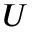
U